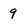
Character: 9